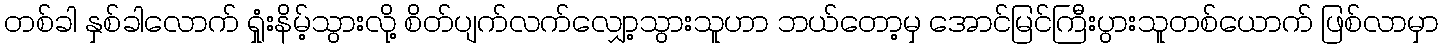
တစ်ခါ နှစ်ခါလောက် ရှုံးနိမ့်သွားလို့ စိတ်ပျက်လက်လျှော့သွားသူဟာ ဘယ်တော့မှ အောင်မြင်ကြီးပွားသူတစ်ယောက် ဖြစ်လာမှာ